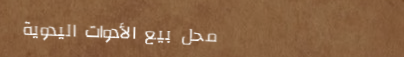
محل بيع الأدوات اليدوية